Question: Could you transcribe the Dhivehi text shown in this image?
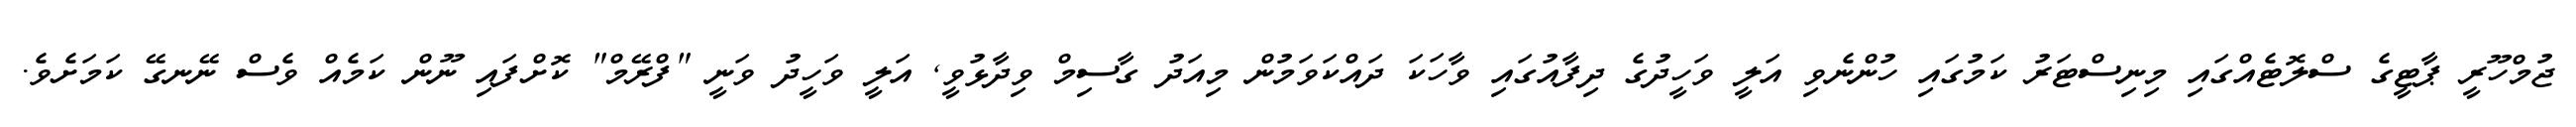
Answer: ޖުމްހޫރީ ޕާޓީގެ ސްލޮޓެއްގައި މިނިސްޓަރު ކަމުގައި ހުންނެވި އަލީ ވަހީދުގެ ދިފާއުގައި ވާހަކަ ދައްކަވަމުން މިއަދު ގާސިމް ވިދާޅުވީ, އަލީ ވަހީދު ވަނީ "ފްރޭމް" ކޮށްފައި ނޫން ކަމެއް ވެސް ނޭނގޭ ކަމަށެވެ.